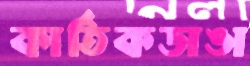
কার্তিকডাঙা